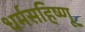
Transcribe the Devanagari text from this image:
धर्मसहिष्णू